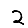
Digit: 2